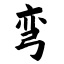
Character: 弯